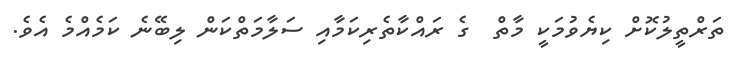
ތަރްތީލުކޮށް ކިޔެވުމަކީ މާތް  ގެ ރައްކާތެރިކަމާއި ސަލާމަތްކަން ލިބޭނެ ކަމެއްމެ އެވެ.